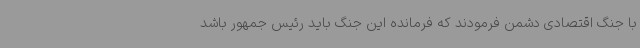
با جنگ اقتصادی دشمن فرمودند که فرمانده این جنگ باید رئیس جمهور باشد